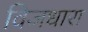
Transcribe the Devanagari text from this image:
विजधारा